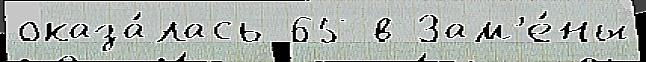
оказа́лась 65 в Зам'е́ны